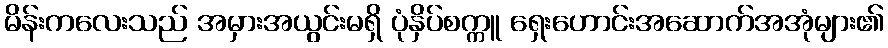
မိန်းကလေးသည် အမှားအယွင်းမရှိ ပုံနှိပ်စက္ကူ ရှေးဟောင်းအဆောက်အအုံများ၏